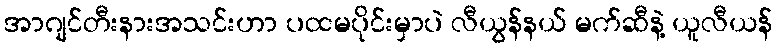
အာဂျင်တီးနားအသင်းဟာ ပထမပိုင်းမှာပဲ လီယွန်နယ် မက်ဆီနဲ့ ယူလီယန်